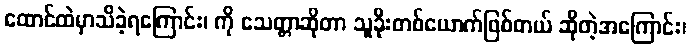
ထောင်ထဲမှာသိခဲ့ရကြောင်း၊ ကို သေတ္တာဆိုတာ သူခိုးတစ်ယောက်ဖြစ်တယ် ဆိုတဲ့အကြောင်း၊